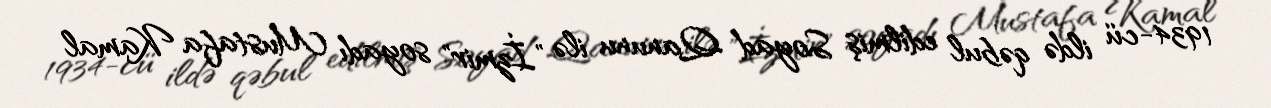
1934-cü ildə qəbul edilmiş Soyad Qanunu ilə "İzmir" soyadı Mustafa Kamal